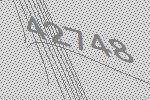
42748